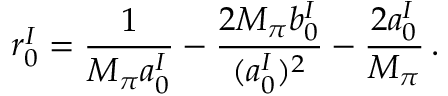
r _ { 0 } ^ { I } = \frac { 1 } { M _ { \pi } a _ { 0 } ^ { I } } - \frac { 2 M _ { \pi } b _ { 0 } ^ { I } } { ( a _ { 0 } ^ { I } ) ^ { 2 } } - \frac { 2 a _ { 0 } ^ { I } } { M _ { \pi } } \, .